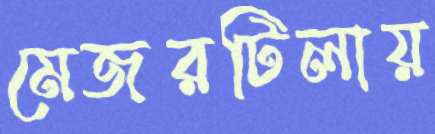
মেজরটিলায়